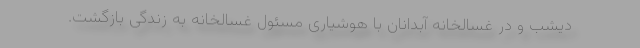
دیشب و در غسالخانه آبدانان با هوشیاری مسئول غسالخانه به زندگی بازگشت.